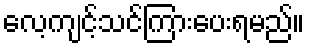
လေ့ကျင့်သင်ကြားပေးရမည်။